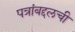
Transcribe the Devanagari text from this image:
पत्रांबद्दलची